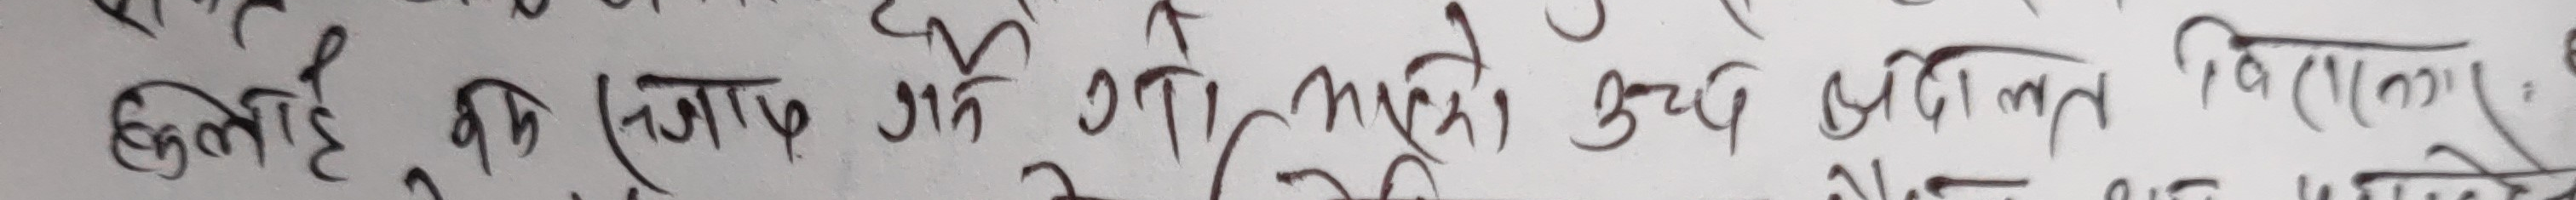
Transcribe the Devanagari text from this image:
हुन्छ कि कस्तो आपत्ति उठाई नागरिको मुख्य छियाछ्यात विरोधलाई